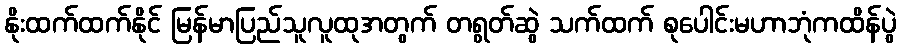
နိုးထက်ထက်နိုင် မြန်မာပြည်သူလူထုအတွက် တရွတ်ဆွဲ သက်ထက် စုပေါင်းမဟာဘုံကထိန်ပွဲ